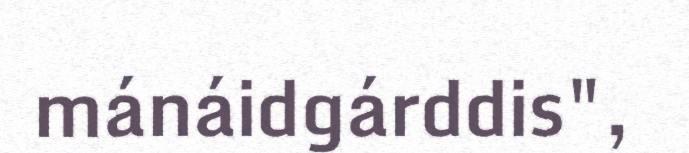
mánáidgárddis",